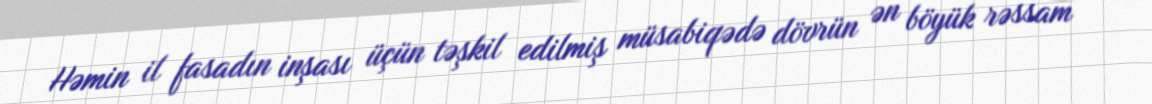
Həmin il fasadın inşası üçün təşkil edilmiş müsabiqədə dövrün ən böyük rəssam